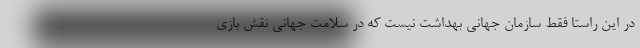
در این راستا فقط سازمان جهانی بهداشت نیست که در سلامت جهانی نقش بازی